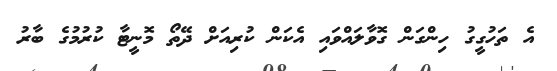
އެ ތަހުގީގު ހިންގަން ގޮވާލައްވައި އެކަން ކުރިއަށް ދޭތޯ މޮނީޓާ ކުރުމުގެ ބާރު